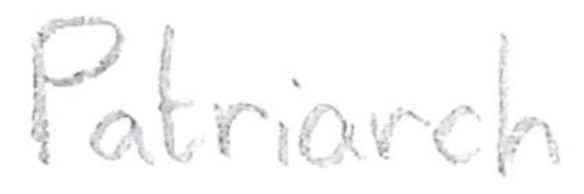
Text: Patriarch
Cross-out: clean
Writing tool: pencil